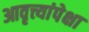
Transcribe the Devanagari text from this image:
आवृत्त्यांपेक्षा